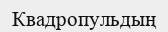
Квадропульдың